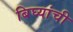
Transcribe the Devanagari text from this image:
बिघ्यांची